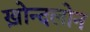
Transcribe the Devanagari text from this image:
ख़ोन्दलोन